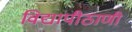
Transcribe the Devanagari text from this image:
विद्यापीठाणी